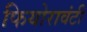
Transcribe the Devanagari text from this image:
फियोरावंटी